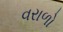
વરાળો